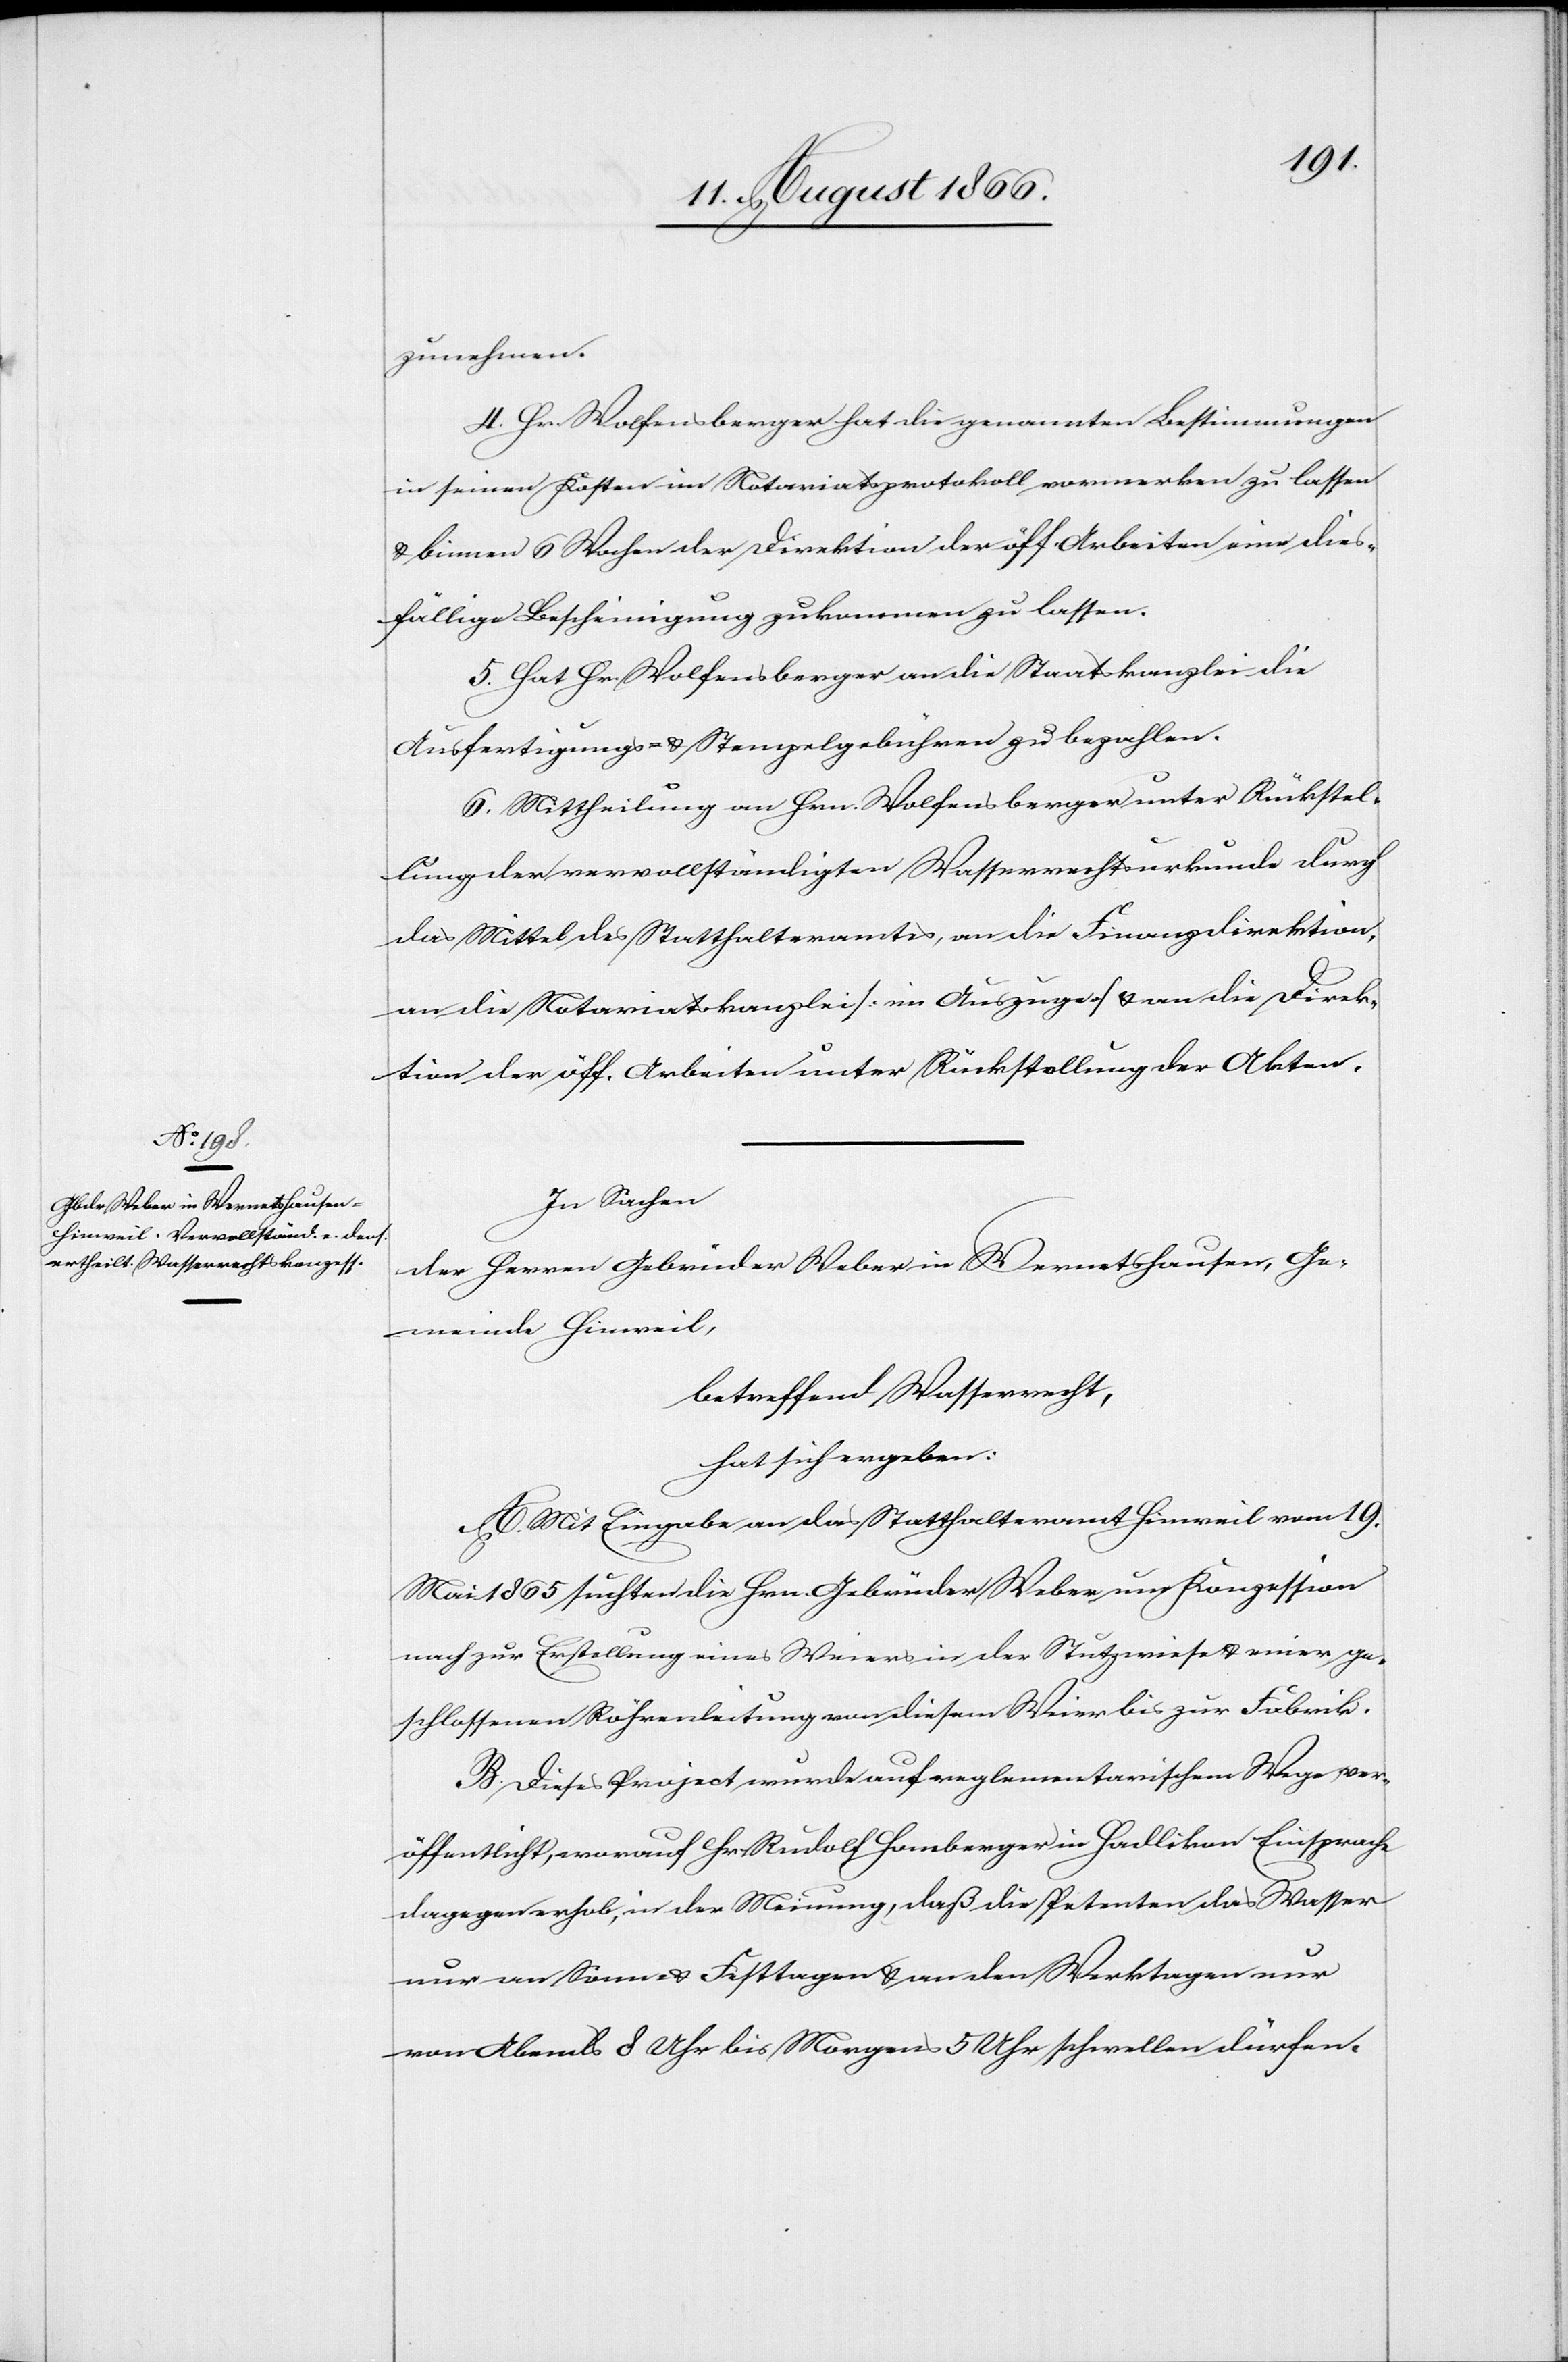
zunehmen.
4. Hr. Wolfensberger hat die genannten Bestimmungen
in seinen Kosten im Notariatskprotokoll vormerken zu lassen
u. binnen 6 Wochen der Direktion der öff. Arbeiten eine dies¬
fällige Bescheinigung zukommen zu lassen.
5. Hat Hr. Wolfensberger an die Staatskanzlei die
Ausfertigungs- u. Stempelgebühren zu bezahlen.
6. Mittheilung an Hrn. Wolfensberger unter Rückstel¬
lung der vervollständigten Wasserrechtsurkunde durch
das Mittel des Statthalteramtes, an die Finanzdirektion,
an die Notariatskanzlei [im Auszuge] u. an die Direk¬
tion der öff. Arbeiten unter Rückstellung der Akten.
In Sachen
der Herrn Gebrüder Weber in Wernetshausen, Ge¬
meinde Hinweil,
betreffend Wasserrecht,
hat sich ergeben:
A. Mit Eingabe an das Statthalteramt Hinweil vom 19.
Mai 1865 suchten die Hrn. Gebrüder Weber um Konzession
nach zur Erstellung eines Weiers in der Stutzwiese u. einer ge¬
schlossenen Röhrenleitung von diesem Weier bis zur Fabrik.
B. Dieses Project wurde auf reglementarischem Wege ver¬
öffentlicht, worauf Hr. Rudolf Homberger in Hadlikon Einsprache
dagegen erhob, in der Meinung, daß die Petenten das Wasser
nur an Sonn- u. Festtagen u. an den Werktagen nur
von Abends 8 Uhr bis Morgens 5 Uhr schwellen dürfen.